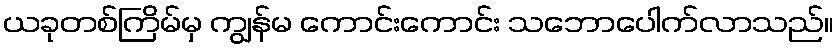
ယခုတစ်ကြိမ်မှ ကျွန်မ ကောင်းကောင်း သဘောပေါက်လာသည်။